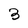
Character: 3